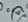
غشاء